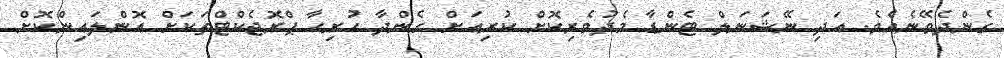
ގެންދެވޭނެއެވެ. އަދި ނޭޝަނަލް ޓެންޑާ މެދުވެރިކޮށް ކުރިިއަށް ގެންދާ ހުރިހާ ޕްރޮޖެކްޓްތަކަށް އޮންލައިންކޮށް